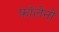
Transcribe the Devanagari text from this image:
फॉलेनो